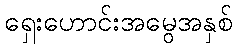
ရှေးဟောင်းအမွေအနှစ်